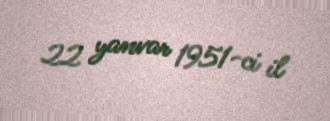
22 yanvar 1951-ci il